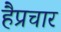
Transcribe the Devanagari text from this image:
हैप्रचार